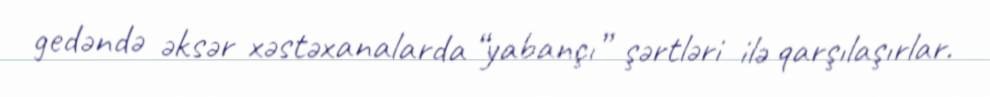
gedəndə əksər xəstəxanalarda “yabançı” şərtləri ilə qarşılaşırlar.